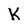
Character: K